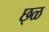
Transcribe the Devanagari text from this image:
छ्ळ